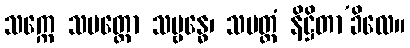
သက္ကေ သမတ္ထော သမ္ဗန္ဓေ၊ သမတ္တံ နိဋ္ဌိတာ’ခိလေ။